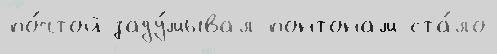
по́чтой заду́мывал понтонам ста́ло